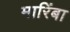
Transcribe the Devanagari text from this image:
मारिंबा